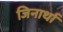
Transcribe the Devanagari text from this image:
जिनार्था